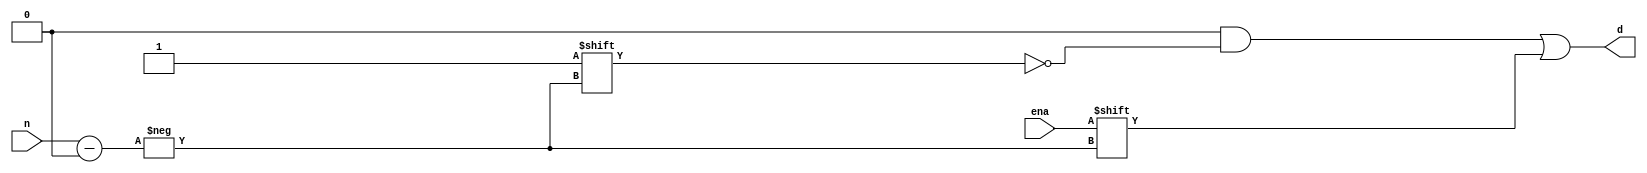
// a 3-8 decoder
module decoder (ena, n, d);

	input [2:0] n;
	input ena;
	output [7:0] d;
	
	reg [7:0] d;
	
	always @ (ena or n)
	begin
		d = 8'b0;
		d[n] = ena;
	end
	
endmodule